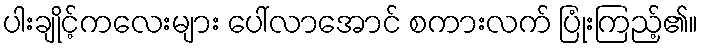
ပါးချိုင့်ကလေးများ ပေါ်လာအောင် စကားလက် ပြုံးကြည့်၏။